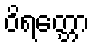
ဝိရတ္တော